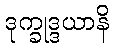
ဒုက္ခုဒ္ဒယာနိ